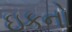
ઇકનો